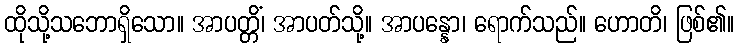
ထိုသို့သဘောရှိသော။ အာပတ္တိံ၊ အာပတ်သို့။ အာပန္နော၊ ရောက်သည်။ ဟောတိ၊ ဖြစ်၏။